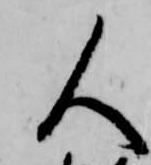
人